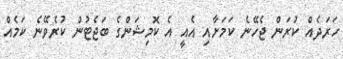
ހަރަދެއް ކުރަން ޖެހޭނެ ކަމަށާއި އެއީ އެ ކޮމިޝަންގެ ބަޖެޓުން ކުރެވޭނެ ކަމެއް